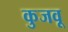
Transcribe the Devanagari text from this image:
कुजवू